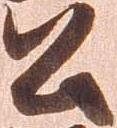
公